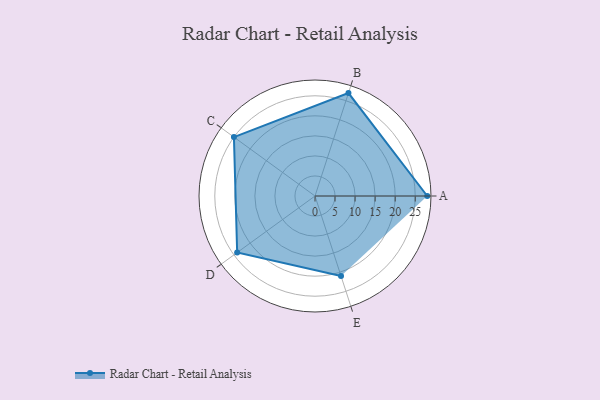
{"axis": {"x": "Skill", "y": "Score"}, "legend": ["Profile"], "data": [{"x": "A", "y": 28.0, "type": "Profile"}, {"x": "B", "y": 27.0, "type": "Profile"}, {"x": "C", "y": 25.0, "type": "Profile"}, {"x": "D", "y": 24.0, "type": "Profile"}, {"x": "E", "y": 21.0, "type": "Profile"}]}